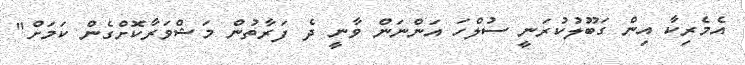
އެމެރިކާ އިން ގަބޫލުކުރަނީ ސުލްހަ އަންނަން ވާނީ ދެ ފަރާތުން މަޝްވަރާކޮށްގެން ކަމަށް"